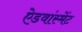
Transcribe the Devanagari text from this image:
ऐडवांस्मेंट